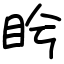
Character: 盻